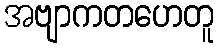
အဗျာကတဟေတူ